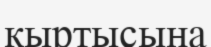
қыртысына